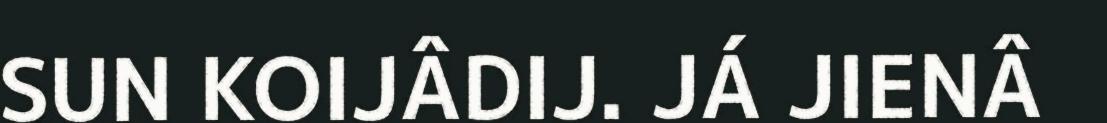
SUN KOIJÂDIJ. JÁ JIENÂ